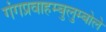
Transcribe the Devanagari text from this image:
गंगप्रवाहम्बुलुम्बोले